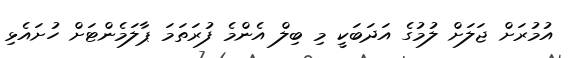
އުމުރަށް ޖަލަށް ލުމުގެ އަދަބަކީ މި ބިލް އެންމެ ފުރަތަމަ ޕާލަމެންޓަށް ހުށައެޅި